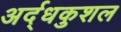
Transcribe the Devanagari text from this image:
अर्द्धकुशल